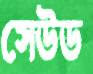
সেউড